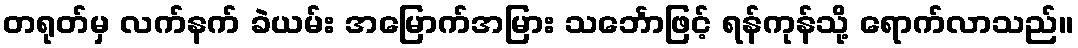
တရုတ်မှ လက်နက် ခဲယမ်း အမြောက်အမြား သင်္ဘောဖြင့် ရန်ကုန်သို့ ရောက်လာသည်။